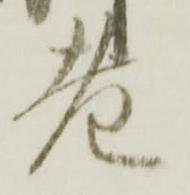
老